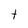
Character: t